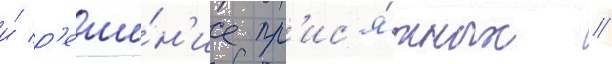
и́ р'еше́н'ие пр'ис'я́жных //